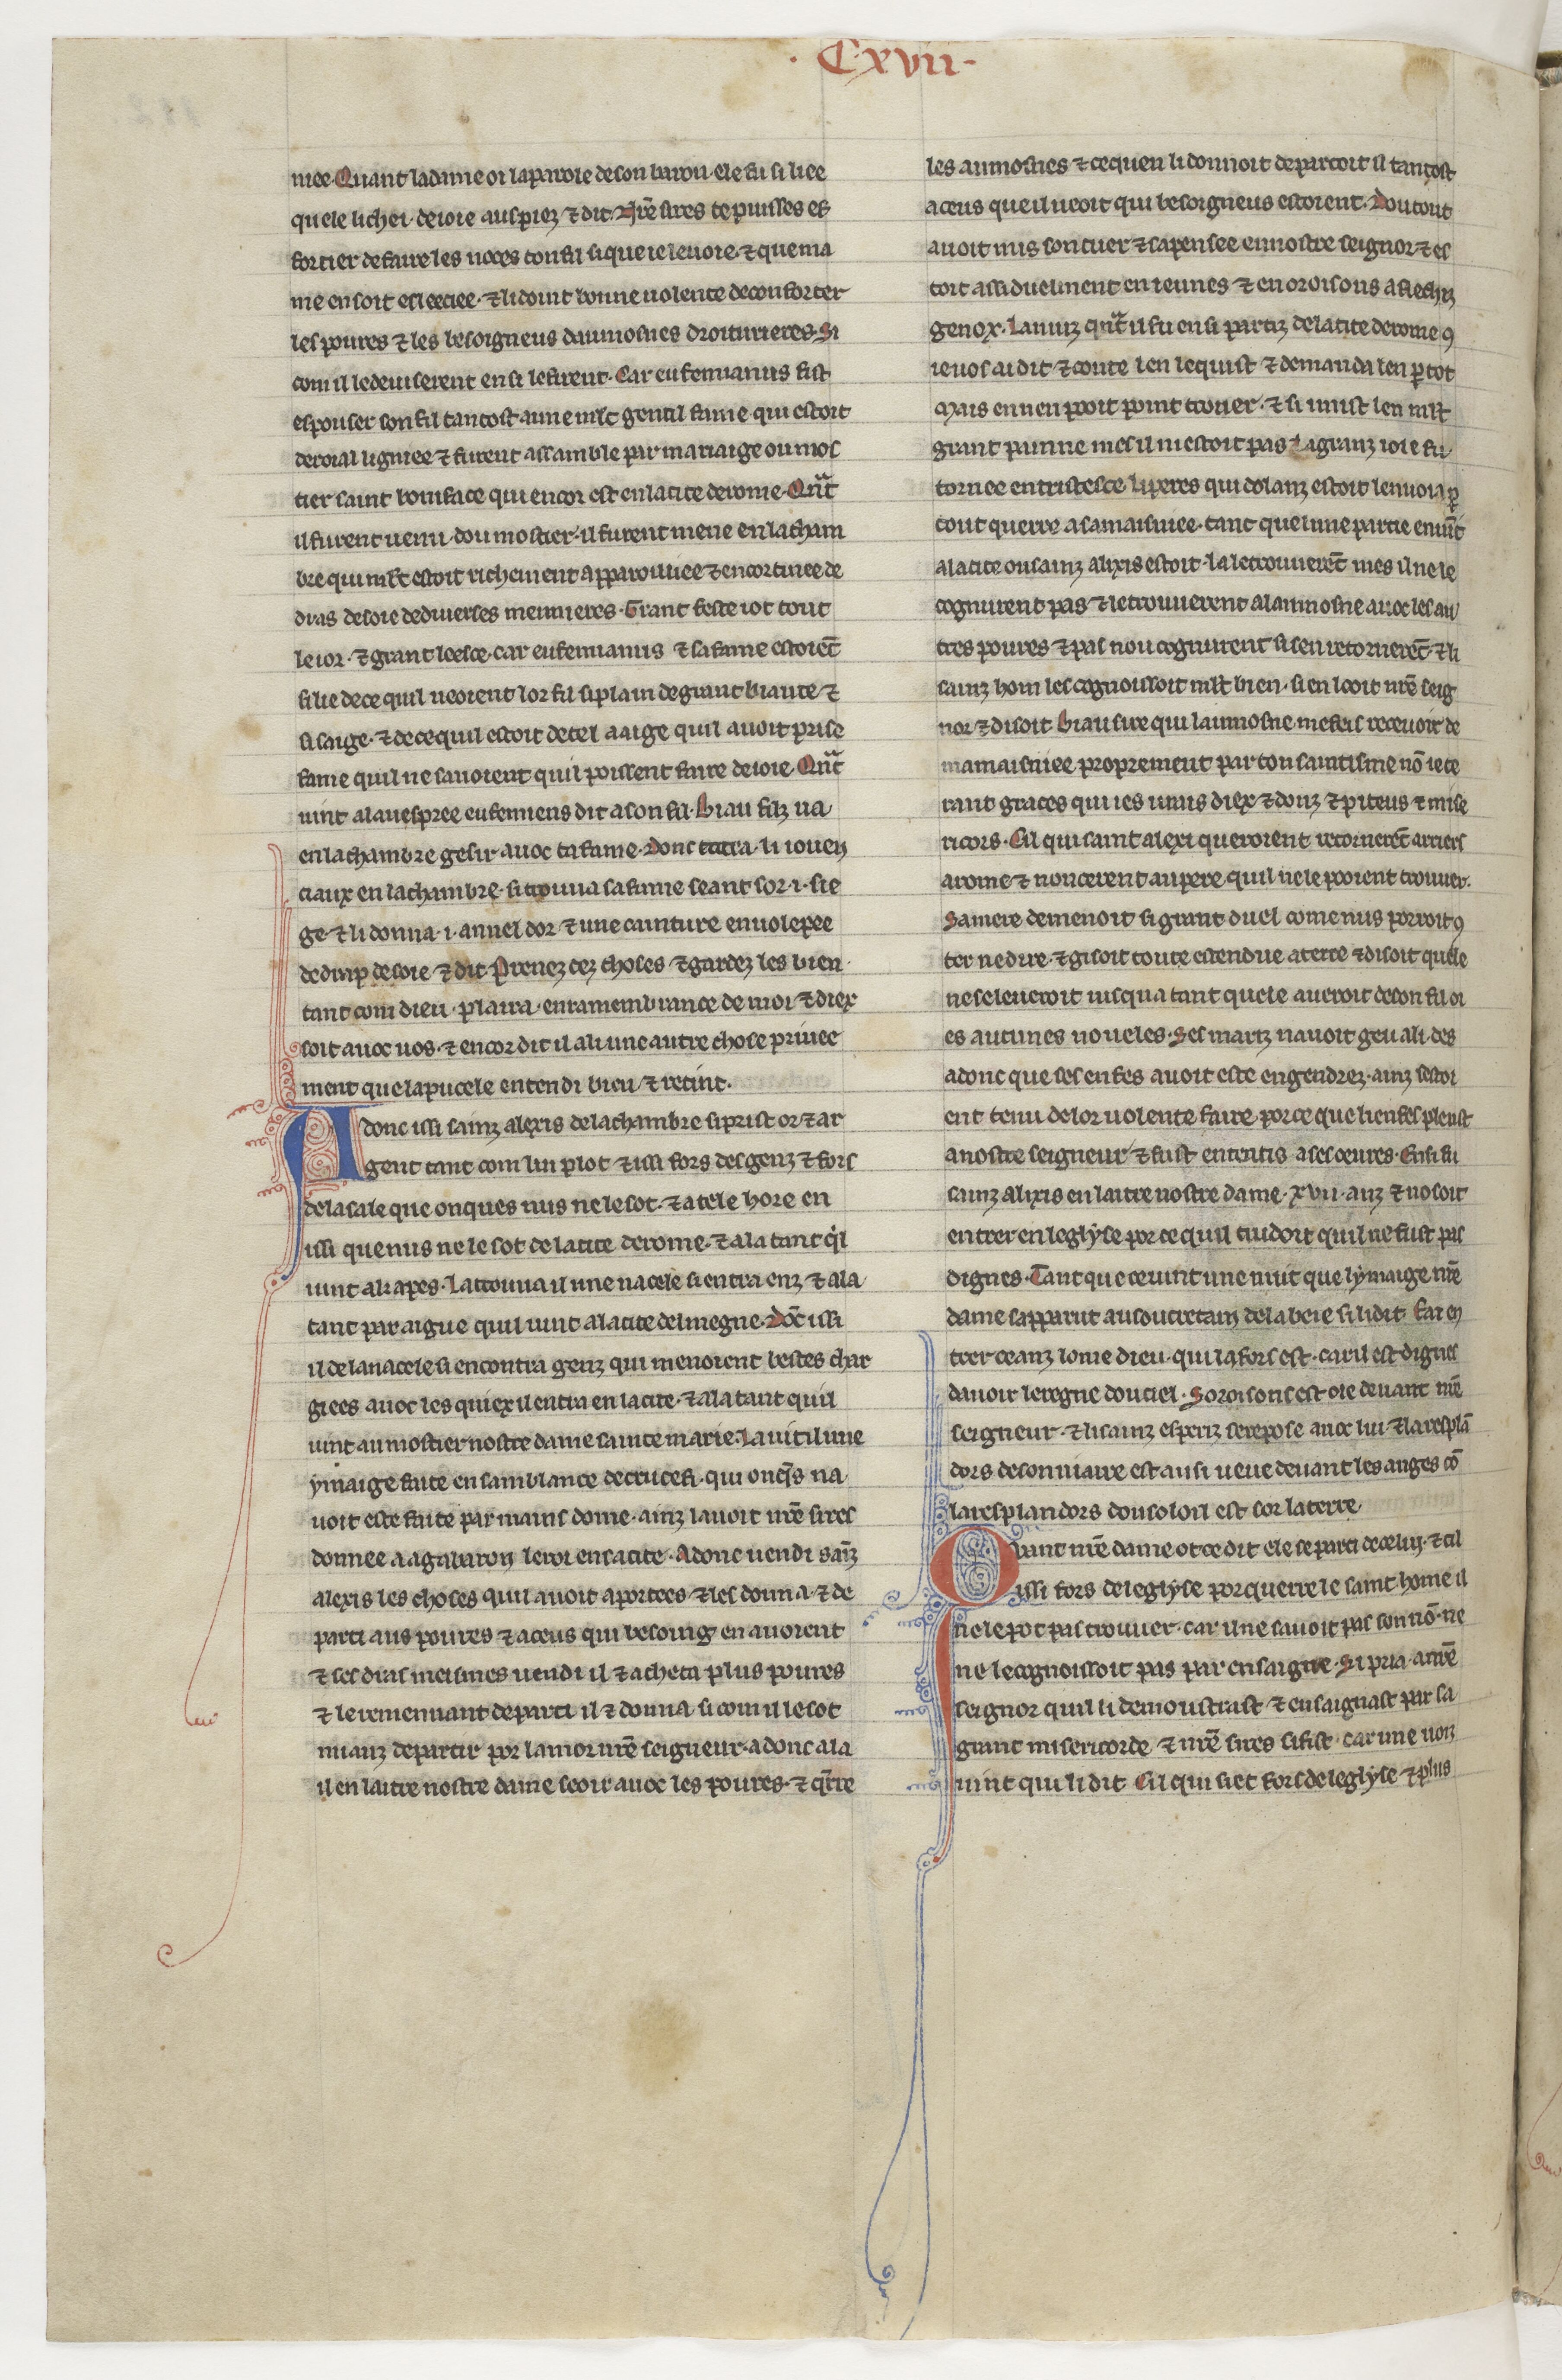
Shelfmark: Paris, BnF, NAF 23686
Century: 13